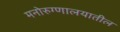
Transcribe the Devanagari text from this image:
मनोरुग्णालयातील